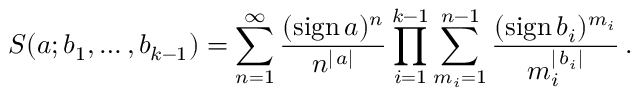
S ( a ; b _ { 1 } , \ldots , b _ { k - 1 } ) = \sum _ { n = 1 } ^ { \infty } \frac { ( \mathrm { s i g n } \, a ) ^ { n } } { n ^ { | \, a | } } \prod _ { i = 1 } ^ { k - 1 } \sum _ { m _ { i } = 1 } ^ { n - 1 } \frac { ( \mathrm { s i g n } \, b _ { i } ) ^ { m _ { i } } } { m _ { i } ^ { | \, b _ { i } | } } \, .